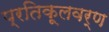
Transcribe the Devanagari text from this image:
प्रतिकूलवर्ण